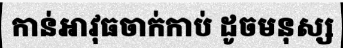
កាន់អាវុធចាក់កាប់ ដូចមនុស្ស